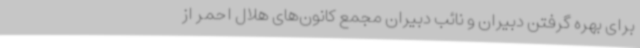
برای بهره ‌گرفتن دبیران و نائب دبیران مجمع کانون‌های هلال احمر از